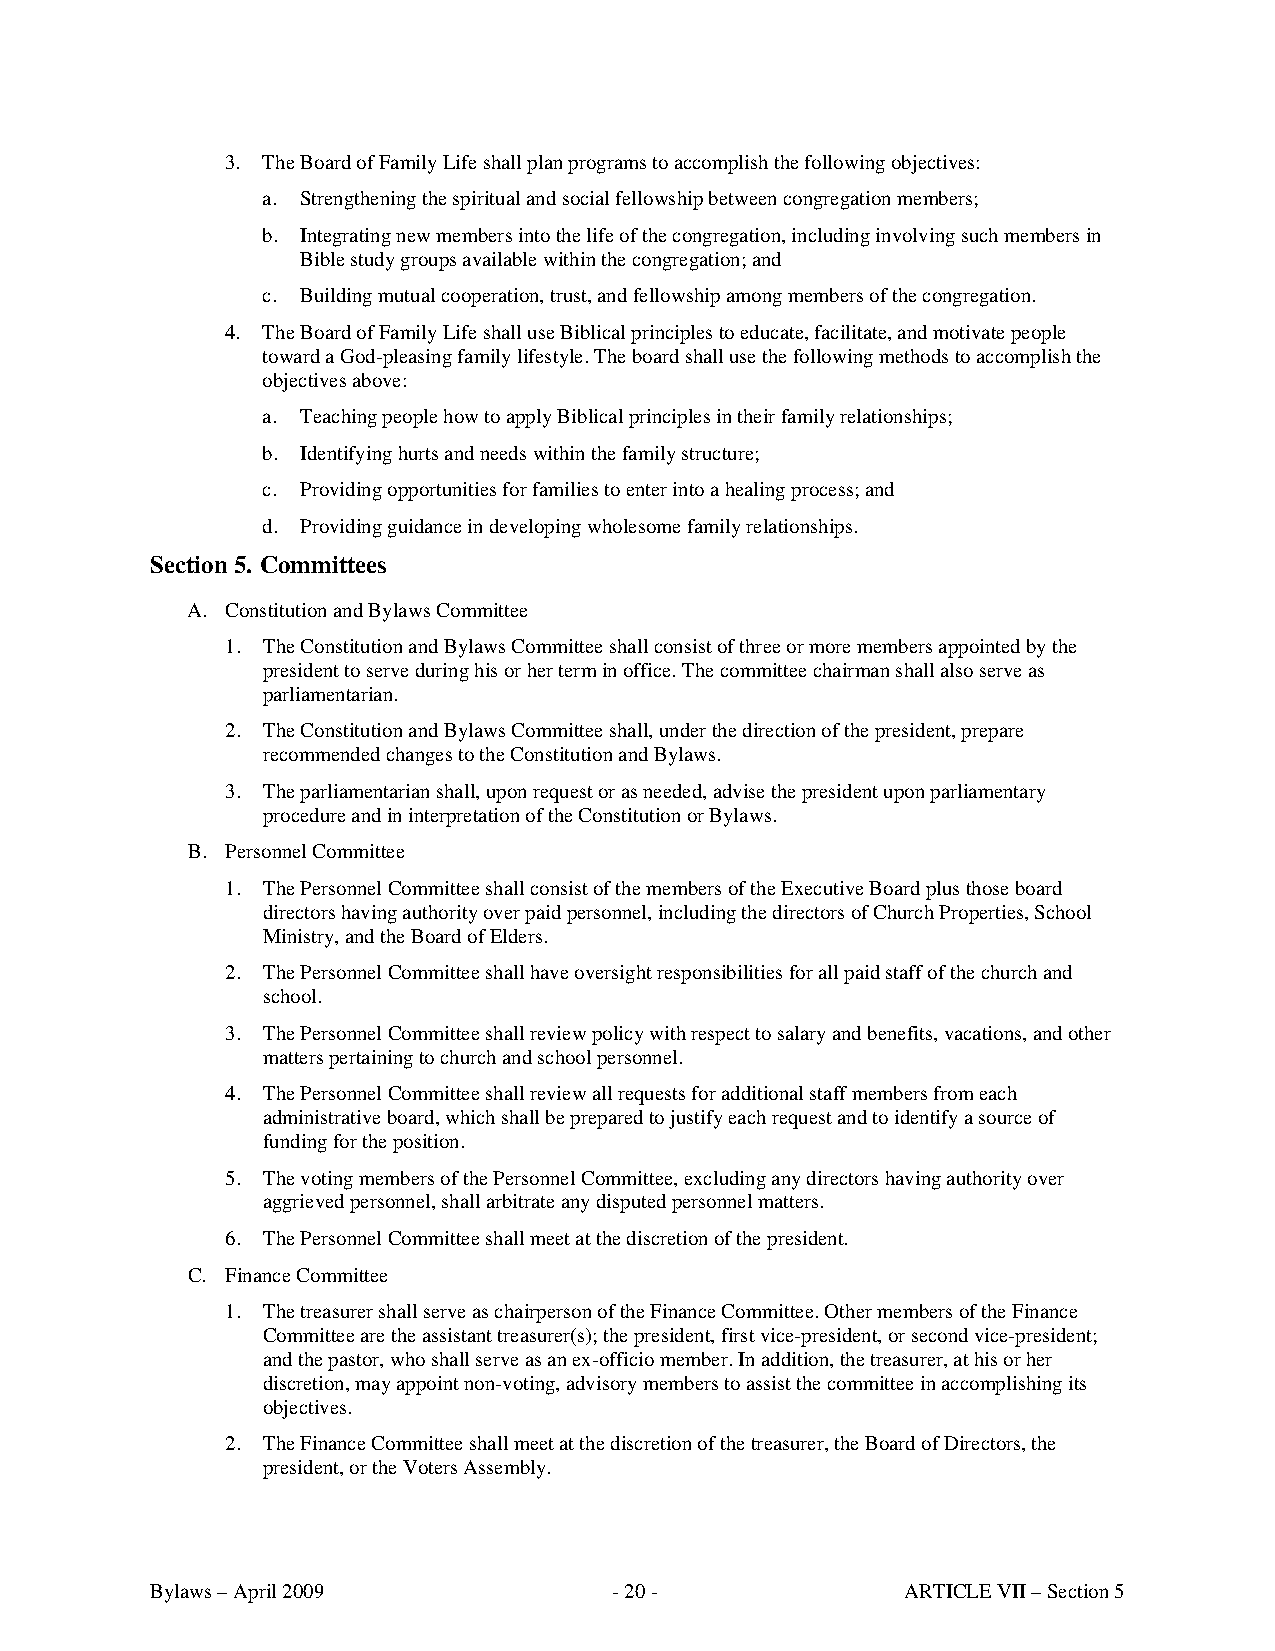
3. The Board of Family Life shall plan programs to accomplish the following objectives:
 a. Strengthening the spiritual and social fellowship between congregation members;
 b. Integrating new members into the life of the congregation, including involving such members in
 Bible study groups available within the congregation; and
 c. Building mutual cooperation, trust, and fellowship among members of the congregation.
 4. The Board of Family Life shall use Biblical principles to educate, facilitate, and motivate people
 toward a God-pleasing family lifestyle. The board shall use the following methods to accomplish the
 objectives above:
 a. Teaching people how to apply Biblical principles in their family relationships;
 b. Identifying hurts and needs within the family structure;
 c. Providing opportunities for families to enter into a healing process; and
 d. Providing guidance in developing wholesome family relationships.
 Section 5. Committees
 A. Constitution and Bylaws Committee
 1. The Constitution and Bylaws Committee shall consist of three or more members appointed by the
 president to serve during his or her term in office. The committee chairman shall also serve as
 parliamentarian.
 2. The Constitution and Bylaws Committee shall, under the direction of the president, prepare
 recommended changes to the Constitution and Bylaws.
 3. The parliamentarian shall, upon request or as needed, advise the president upon parliamentary
 procedure and in interpretation of the Constitution or Bylaws.
 B. Personnel Committee
 1. The Personnel Committee shall consist of the members of the Executive Board plus those board
 directors having authority over paid personnel, including the directors of Church Properties, School
 Ministry, and the Board of Elders.
 2. The Personnel Committee shall have oversight responsibilities for all paid staff of the church and
 school.
 3. The Personnel Committee shall review policy with respect to salary and benefits, vacations, and other
 matters pertaining to church and school personnel.
 4. The Personnel Committee shall review all requests for additional staff members from each
 administrative board, which shall be prepared to justify each request and to identify a source of
 funding for the position.
 5. The voting members of the Personnel Committee, excluding any directors having authority over
 aggrieved personnel, shall arbitrate any disputed personnel matters.
 6. The Personnel Committee shall meet at the discretion of the president.
 C. Finance Committee
 1. The treasurer shall serve as chairperson of the Finance Committee. Other members of the Finance
 Committee are the assistant treasurer(s); the president, first vice-president, or second vice-president;
 and the pastor, who shall serve as an ex-officio member. In addition, the treasurer, at his or her
 discretion, may appoint non-voting, advisory members to assist the committee in accomplishing its
 objectives.
 2. The Finance Committee shall meet at the discretion of the treasurer, the Board of Directors, the
 president, or the Voters Assembly.
 Bylaws – April 2009            - 20 -             ARTICLE VII – Section 5